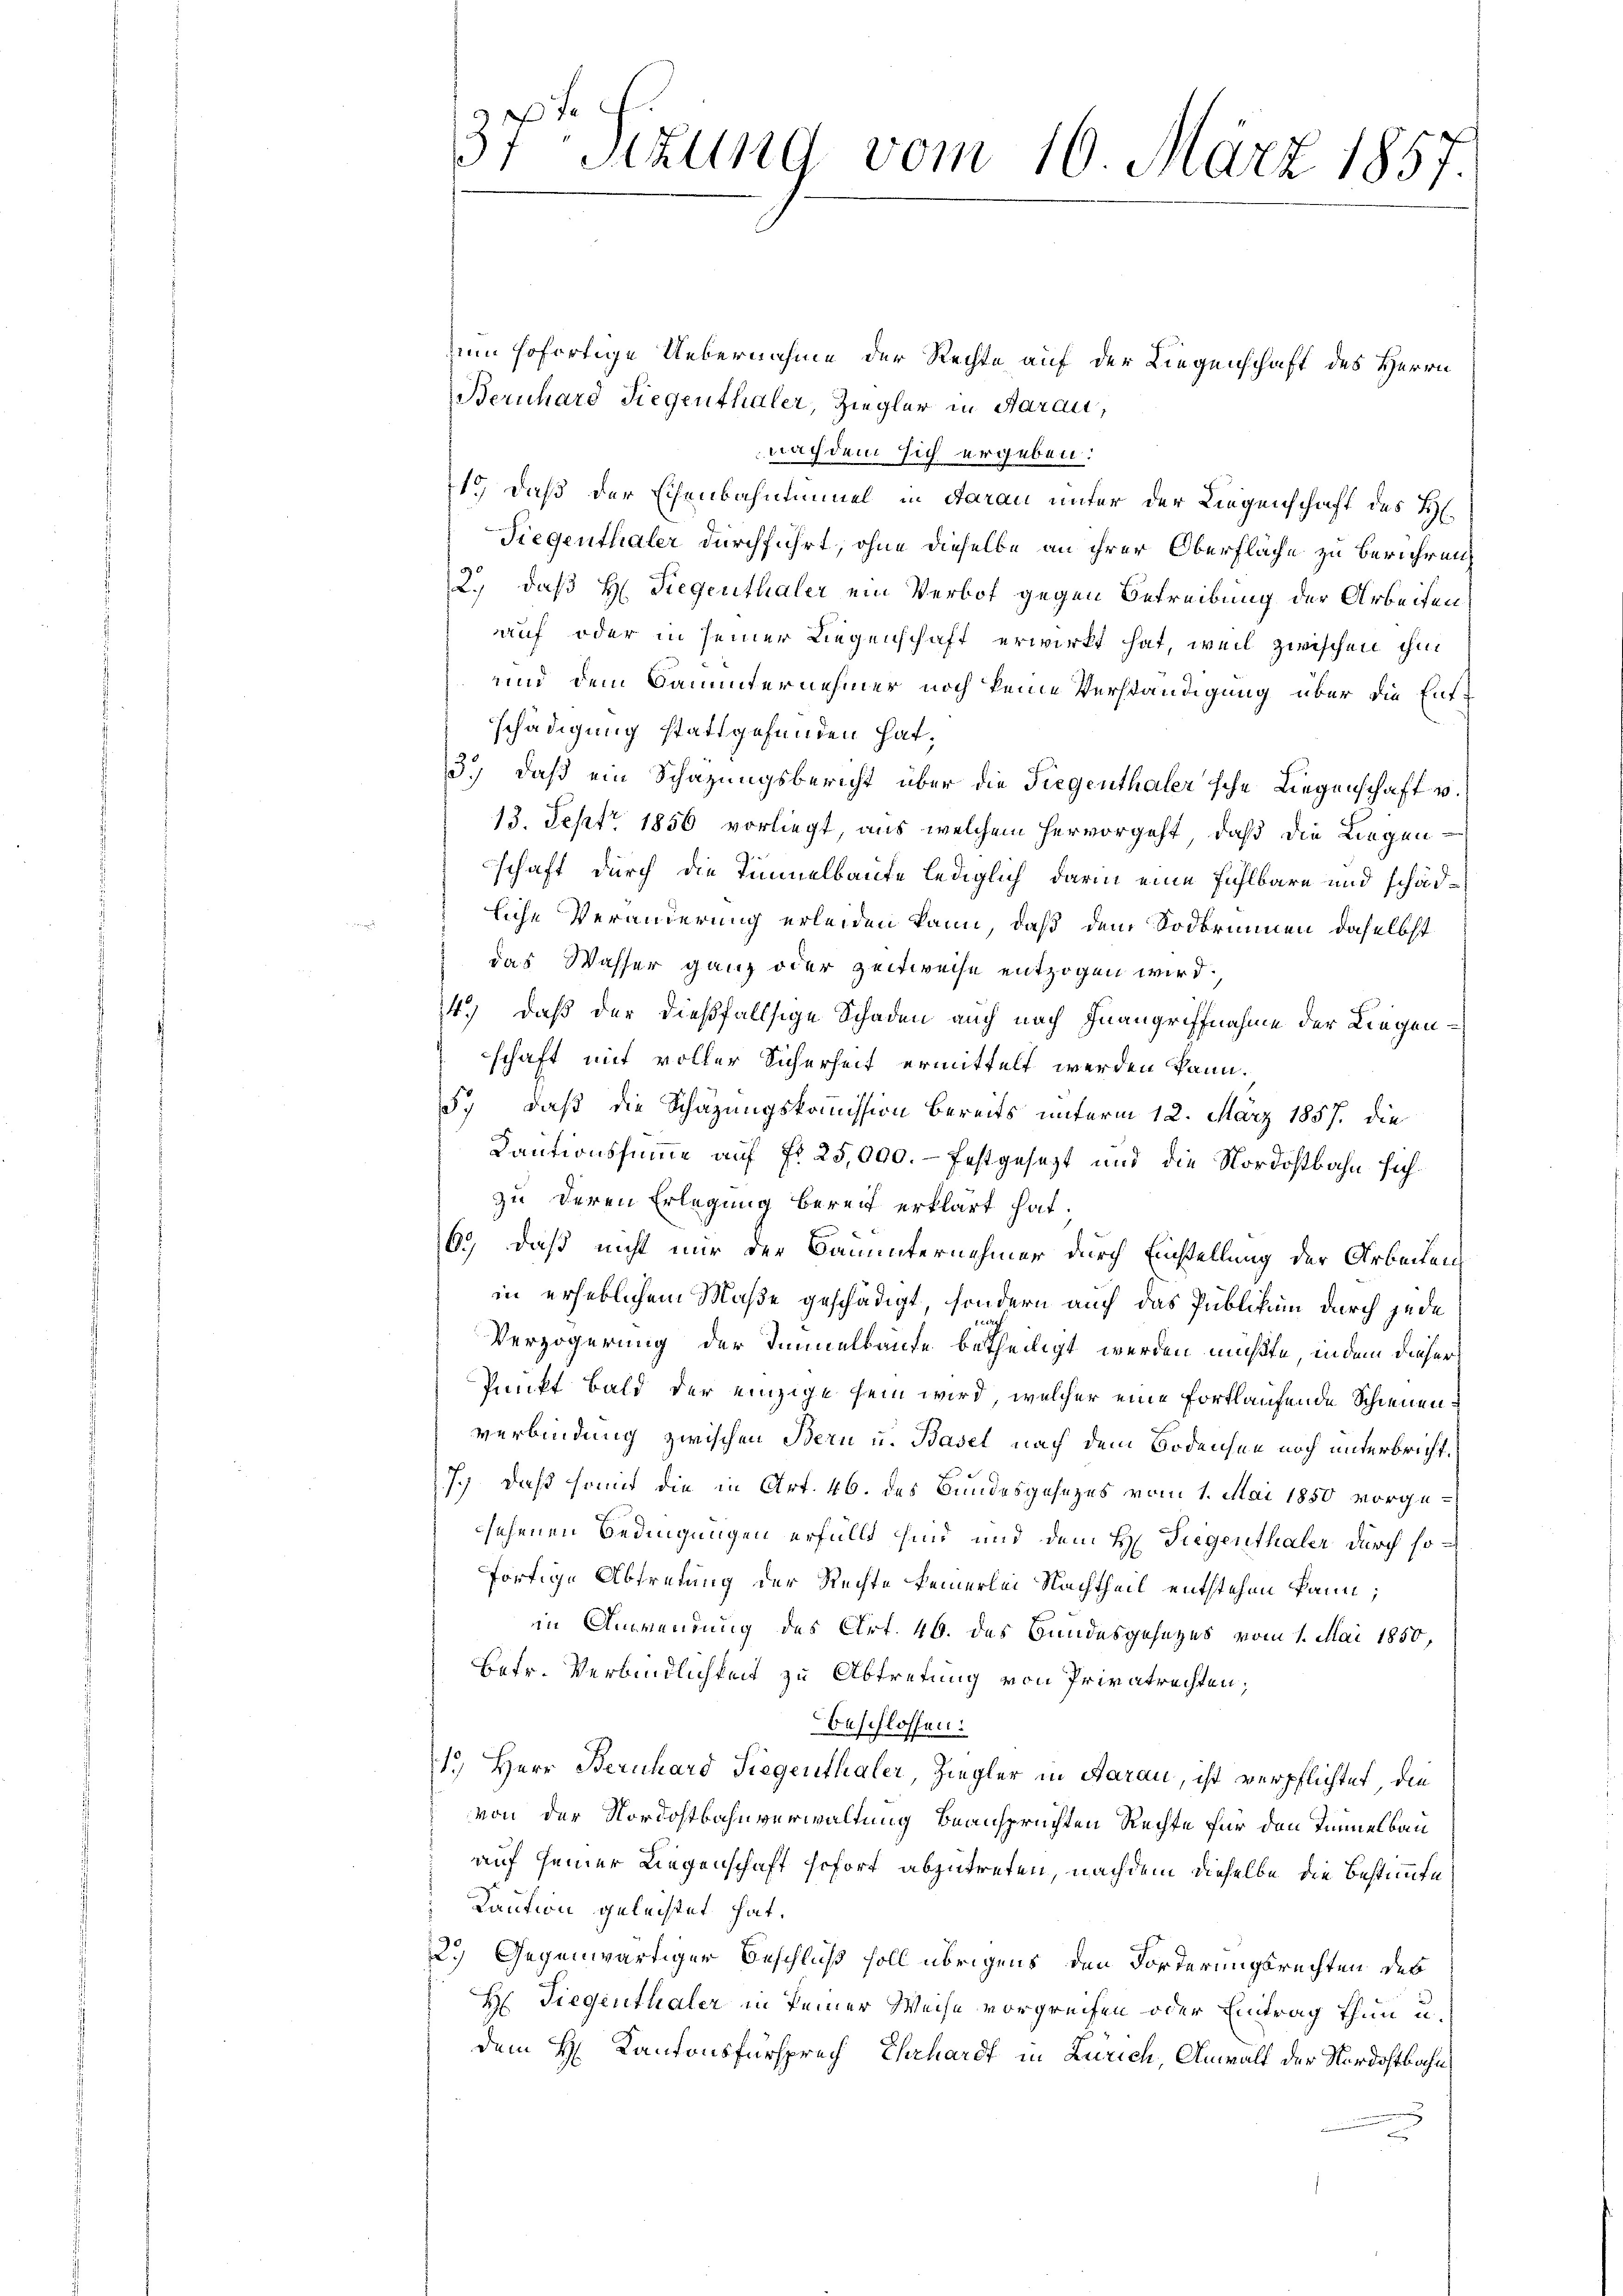
37t Sizung vom 16. März 1857.

zum sofortige Uebernahme der Rechte auf der Liegenschaft des Herrn
Bernhard Siegenthaler, Ziegler in Aarau,
nachdem sich ergeben:
1.) Daß der Eisenbahntunnel in darau unter der Liegenschaft des H.
Siegenthaler durchführt, ohne dieselbe an ihrer Oberfläche zu berühren,
2.) daß H. Siegenthaler ein Verbot gegen Betreibung der Arbeiten:
auf oder in seiner Liegenschaft erwirkt hat, weil zwischen ihn
und dem Bauunternehmer noch keine Verständigung über die Entschädigung stattgefunden hat.
3.) daß ein Schazungsbericht über die Siegenthaler'sche Liegenschaft u.
13. Sept. 1856 vorliegt, aus welchem hervorgeht, daß die Liegen
schaft durch die Tinnnelbaute lediglich, darin eine fühlbare und schädliche Veränderung erleiden kann, daß dem Sodbrunnen daselbst
das Wasser ganz oder Zeitweise entzogen wird.
14.) daß der dießfallsige Schaden auch nach Inangriffnahme der Liegenschaft mit voller Sicherheit ermittelt werden kann.
57, daß die Schazungskommission bereits unterm 12. März 1857 die
Dantionssumme auf fr. 25,000.- festgesezt und die Nordostbahn sichzu deren Erlegung bereit erklärt hat.
6.) Daß nicht nur der Bauunternehmer durch Einstellung der Arbeitens
in erheblichem Maße geschädigt, sondern auch das Publikum durch jede
Verzögerung der Immelblaufe betheiligt werden müßte, indem dieser
Punkt bald der einzige sein wird, welcher eine fortlaufende Schienenverbindung zwischen Bern u. Basel nach dem Bodensen noch unterbricht.
7.) daß somit die in Art. 46. des Bundesgesezes vom 1. Mai 1850 vorgesehenen Bedingungen erfüllt sind und dem H. Tiegenthaler durch sofortige Abtretung der Rechte keinerlei Nachtheil entstehen kann;
in Anwendung des Art. 46. des Bundesgesezes vom 1. Mai 1850,
Betr. Verbindlichkeit zu Abtretung von Privatrechten;
beschlossen:
1.) Herr Bernhard Siegenthaler, Ziegler in Aarau, ist verpflichtet, die
von der Nordostbahnverwaltung beanspruchten Rechte für den Tannelbau
auf seiner Liegenschaft sofort abzutreten, nachdem dieselbe die Bestimmte
Kaution geleichtet hat.
2.) Gegenwärtiger Beschluß soll übrigens den Forderungsrechten des
H: Siegenthaler in keiner Weise vorgreifen oder Eintrag thun u.
dem H. Kantonsfürsprech Ehrhardt in Zürich, Anwalt der Nordostbahn